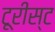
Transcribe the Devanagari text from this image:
टूरीस्ट